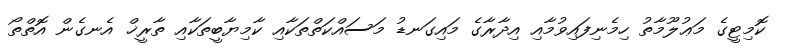
ކޮމިޓީގެ މަޢުލޫމާތު ހިމެނިފައިވުމާއި އިދާރާގެ މައިގަނޑު މަސައްކަތްތަކާއި ކާމިޔާބީތަކާއި ތާރީޚް އެނގެން އޮތްތޯ